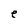
Character: e